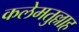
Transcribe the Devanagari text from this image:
कलेमतुल्लाह